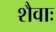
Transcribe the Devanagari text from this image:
शैवाः